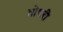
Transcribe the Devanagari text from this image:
तोपरी